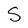
Character: S